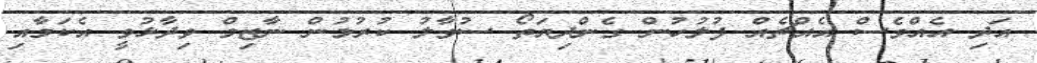
އަދި އެއްވެސް އެއްޗެއް ފުލުހުން ގެންދިޔަތޯ ސުވާލު ކުރުމުން ނާޒިމް ވިދާޅުވީ އެކަމާއި